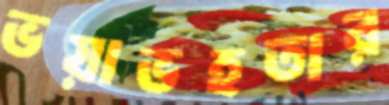
ভয়াভহতার